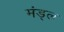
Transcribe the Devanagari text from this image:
मंड्ल